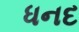
ધનદ